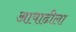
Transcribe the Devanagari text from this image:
आषाढीला